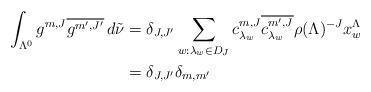
LaTeX: \begin{align*}\int_{\Lambda^0} g^{m,J} \overline{g^{m',J'}} \, d\tilde{\nu}&= \delta_{J, J'} \sum_{w: \lambda_w\in D_{J}} c^{m,J}_{\lambda_w} \overline{c^{m',J}_{\lambda_w}} \rho(\Lambda)^{-J} x^\Lambda_{w} \\&= \delta_{J, J'}\delta_{m,m'}\end{align*}